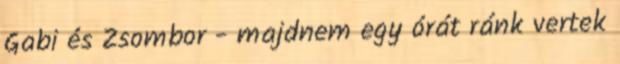
Gabi és Zsombor - majdnem egy órát ránk vertek